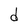
Character: d